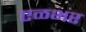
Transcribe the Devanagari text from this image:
एळभर